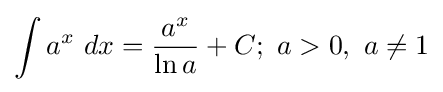
\int a^{x}\ dx={\frac {a^{x}}{\ln a}}+C;\ a>0,\ a\neq 1